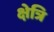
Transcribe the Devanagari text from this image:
क्षेत्रि